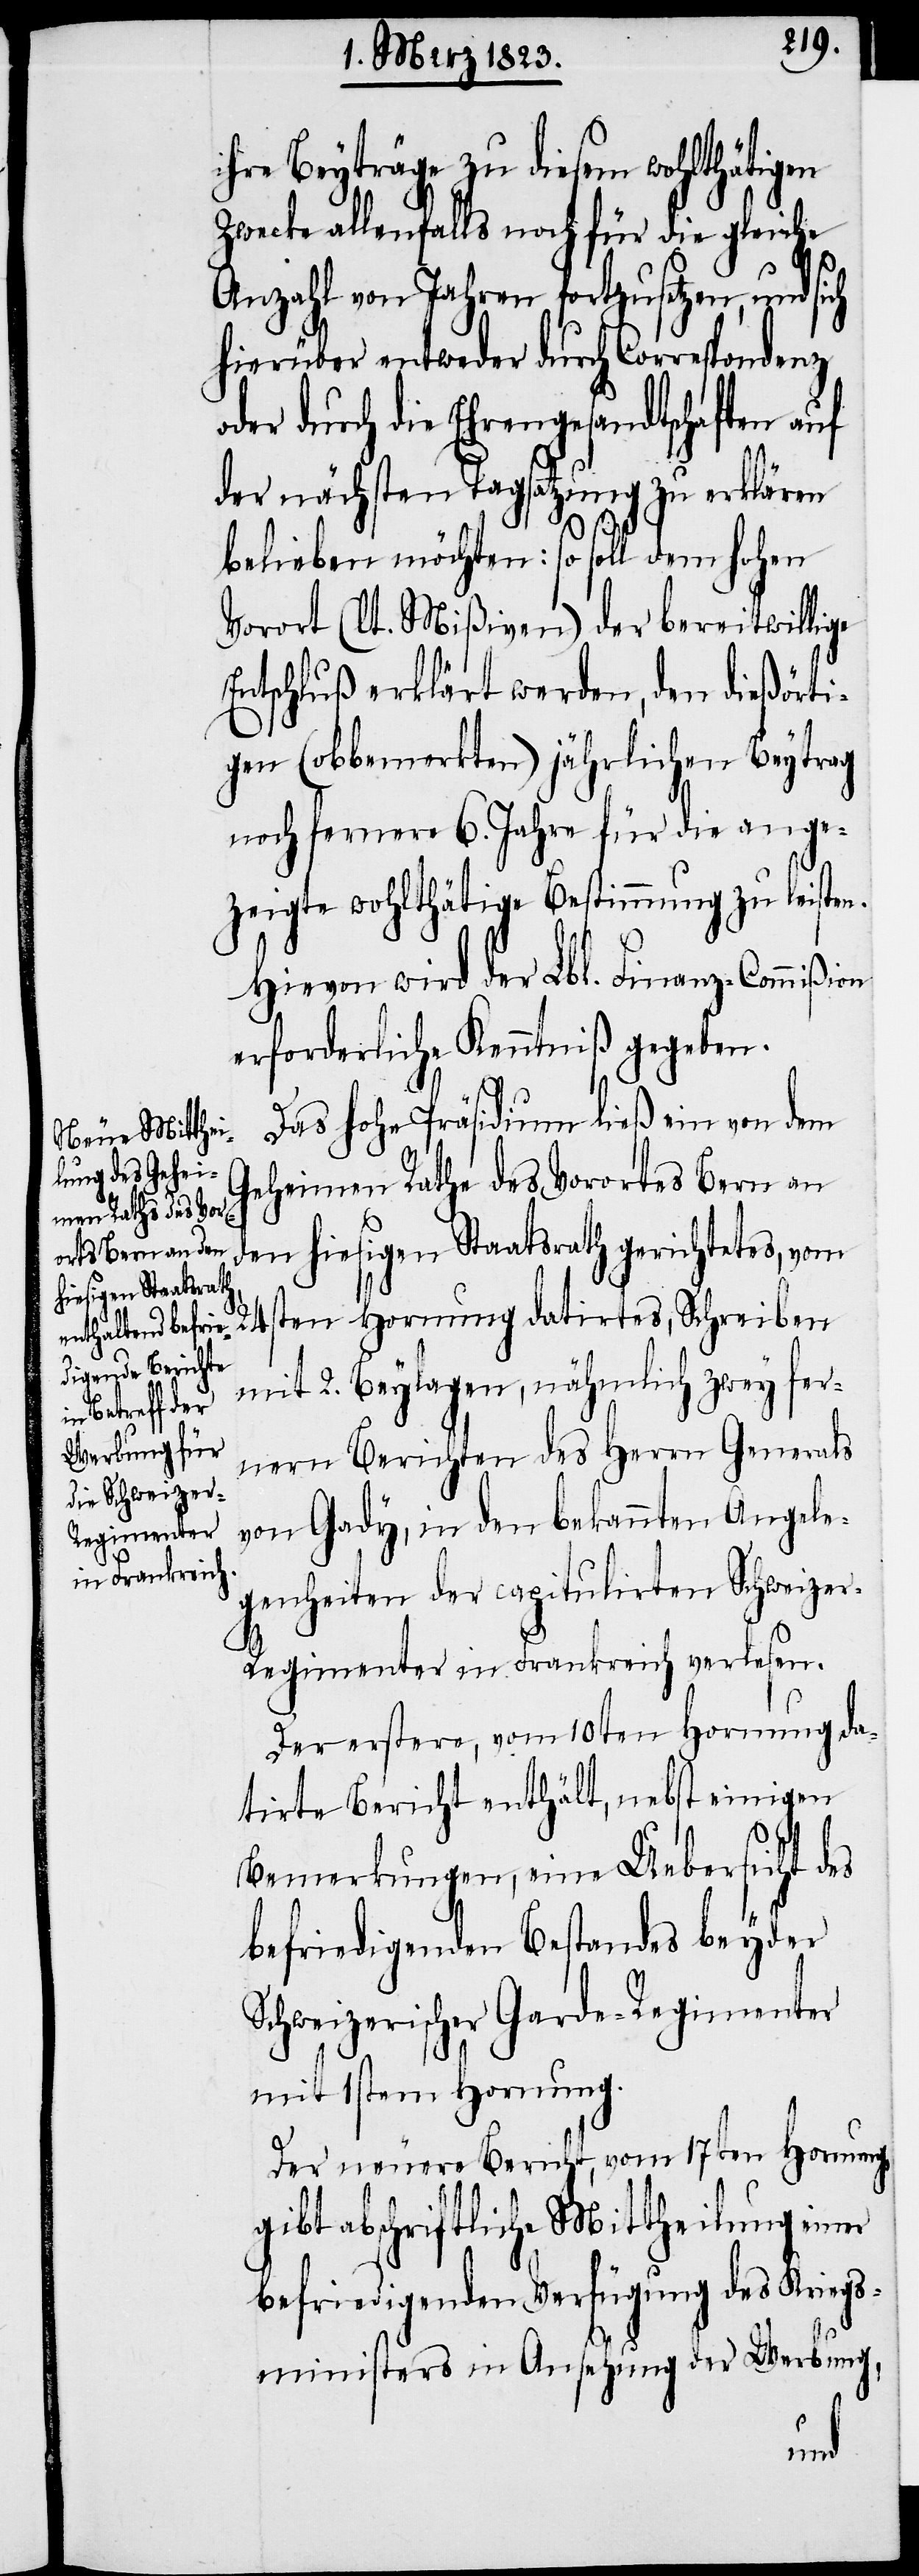
ihre Beyträge zu diesem wohlthätigen
Zwecke allenfalls noch für die gleiche
Anzahl von Jahren fortzusetzen, und si¬
hierüber entweder durch Correspondenz
oder durch die Ehrengesandtschaften auf
der nächsten Tagsatzung zu erklären
belieben möchten: so soll dem hohen
Vorort (lt. Mißiven) der bereitwillige
Entschluß erklärt werden, den dießörti¬
gen (obbemerkten) jährlichen Beytrag
noch fernere 6. Jahre für die ange¬
zeigte wohlthätige Bestimmung zu leisten.
Hievon wird der Lbl. Finanz-Commißion
erforderliche Kenntniß gegeben.
Das hohe Präsidium ließ ein von dem
Geheimen Rathe des Vorortes Bern an
den hiesigen Staatsrath gerichtetes, vom
ten Hornung datirtes, Schreiben
24s¬
mit 2. Beylagen, nähmlich zwey fer¬
nern Berichten des Herrn Generals
von Gady, in den bekannten Angele¬
genheiten der capitulirten Schweize¬
r-Regimenter in Frankreich verlesen.
Der erstere, vom 10ten Hornung da¬
tirte Bericht enthält, nebst einigen
Bemerkungen, eine Uebersicht des
befriedigenden Bestandes beyder
Schweizerischer Garde-Regimenter
mit 1stem Hornung.
Der neuere Bericht, vom 17ten Hornung,
gibt abschriftliche Mittheilung einer
befriedigenden Verfügung des Kriegs¬
ministers in Ansehung der Werbung,